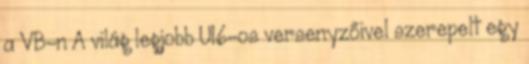
a VB-n A világ legjobb U16-os versenyzőivel szerepelt egy